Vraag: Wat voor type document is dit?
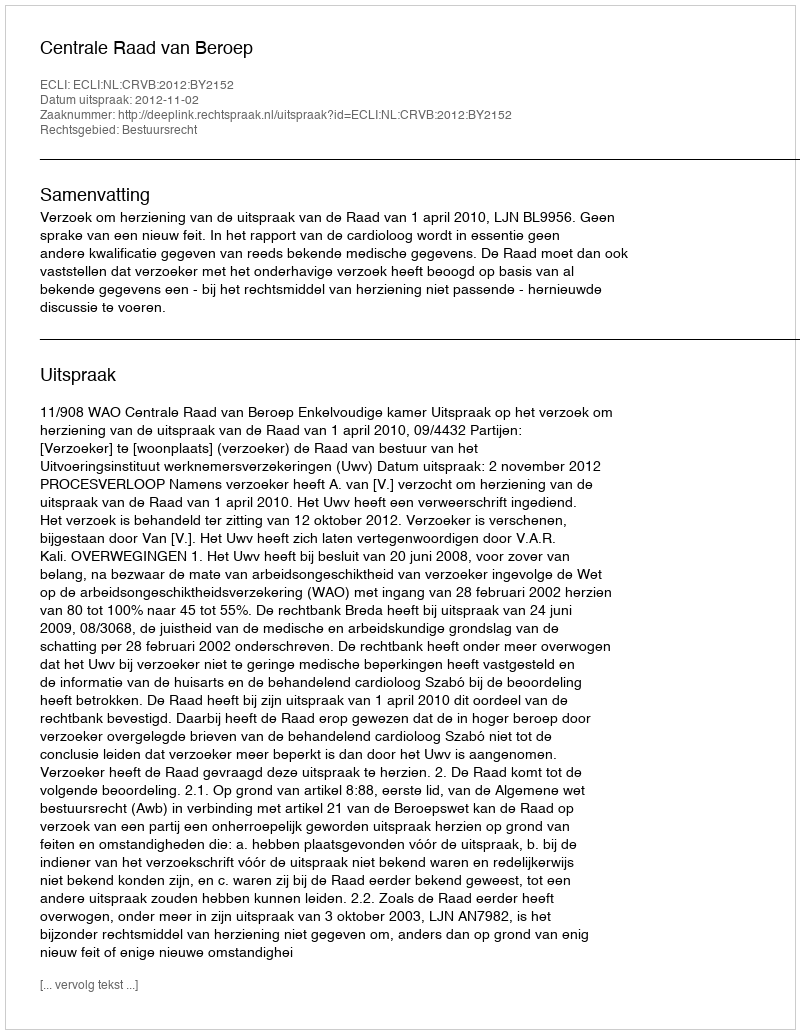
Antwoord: Uitspraak